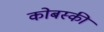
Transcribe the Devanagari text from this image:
कोबस्की